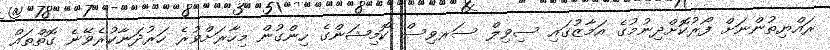
ރައްޔިތުންނަށް ފޯރުކޮށްދިނުމުގެ އަމާޒުގައި ސިވިލް ސަރވިސް ކޮމިޝަންގެ ހިންގުން މިހާރަށްވުރެ ހަރުދަނާކުރެވޭނެ ގޮތްތައް